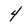
Character: 4